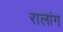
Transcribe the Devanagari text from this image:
रालांग